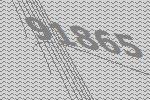
91865